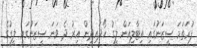
ފުރަތަމަ ސީޒަނުގައި އިޓާލިއަން ލީގު ހޯދައިދިން އިރު ދެ ވަނަ ސީޒަނުގައި ލީގުގެ